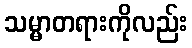
သမ္မာတရားကိုလည်း